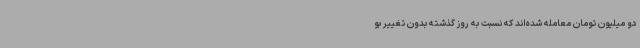
دو میلیون تومان معامله شده‌اند که نسبت به روز گذشته بدون تغییر بو